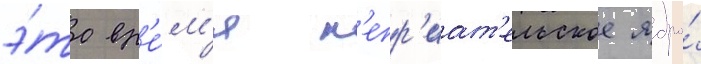
э́то вр'е́м'я н'епр'иат'ельское ядро́